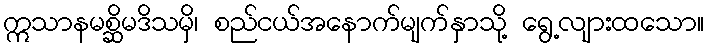
ဣသာနမစ္ဆိမဒိသမှိ၊ စည်ငယ်အနောက်မျက်နှာသို့ ရွေ့လျားထသော။